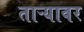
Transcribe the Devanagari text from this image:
ताऱ्यावर